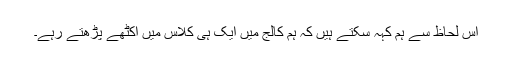
اس لحاظ سے ہم کہہ سکتے ہیں کہ ہم کالج میں ایک ہی کلاس میں اکٹھے پڑھتے رہے۔